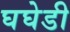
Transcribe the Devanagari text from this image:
घघेडी